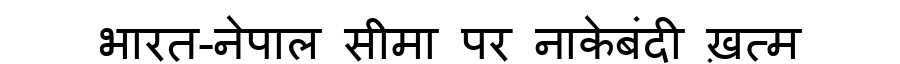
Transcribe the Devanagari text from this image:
भारत-नेपाल सीमा पर नाकेबंदी ख़त्म